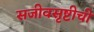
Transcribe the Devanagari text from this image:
सजीवसृष्टीची